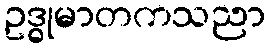
ဥဒ္ဓုမာတကသညာ